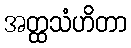
အတ္ထသံဟိတာ